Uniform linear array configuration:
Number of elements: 12
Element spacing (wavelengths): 0.5
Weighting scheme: blackman
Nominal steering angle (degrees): -15
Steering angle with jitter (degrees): -14.963
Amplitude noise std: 0.05
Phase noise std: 0.05

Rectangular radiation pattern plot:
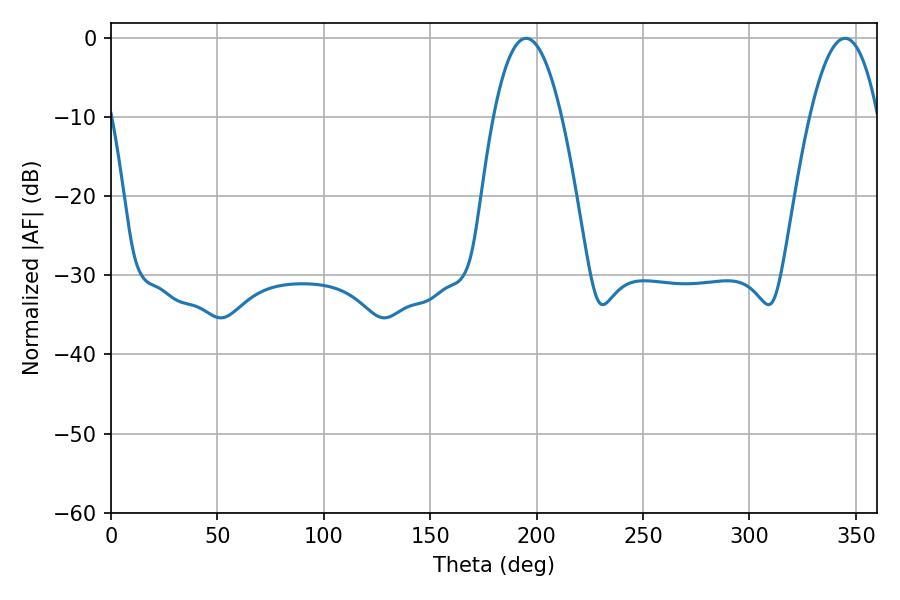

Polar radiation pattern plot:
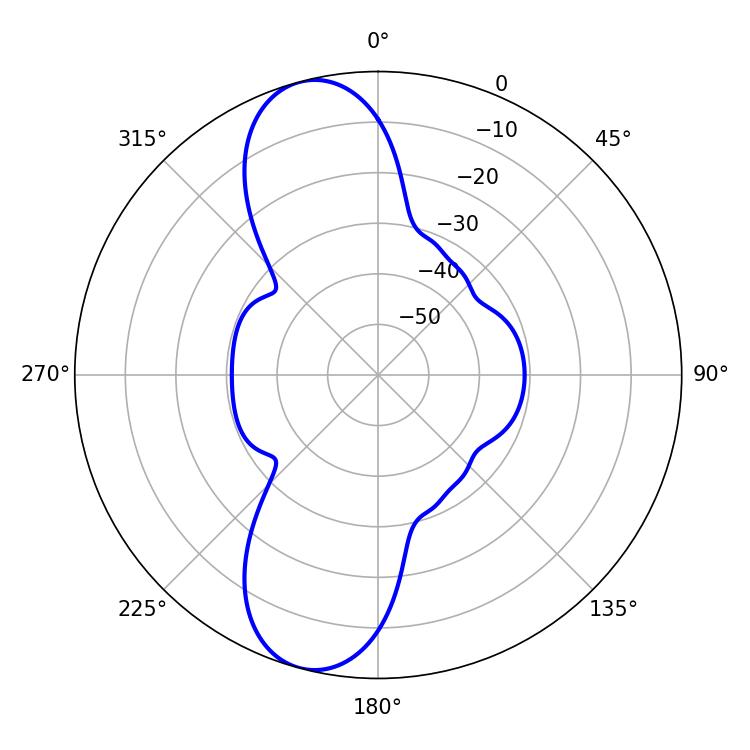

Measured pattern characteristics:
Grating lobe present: FALSE
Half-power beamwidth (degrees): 17.64
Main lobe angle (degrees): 195.12